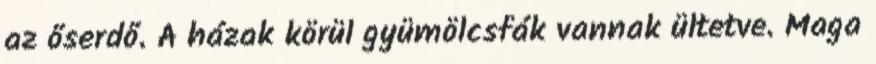
az őserdő. A házak körül gyümölcsfák vannak ültetve. Maga